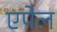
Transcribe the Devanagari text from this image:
एपेल